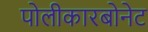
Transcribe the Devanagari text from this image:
पोलीकारबोनेट